Calcutta medical institutions reports 1892-1900
Year: 1892
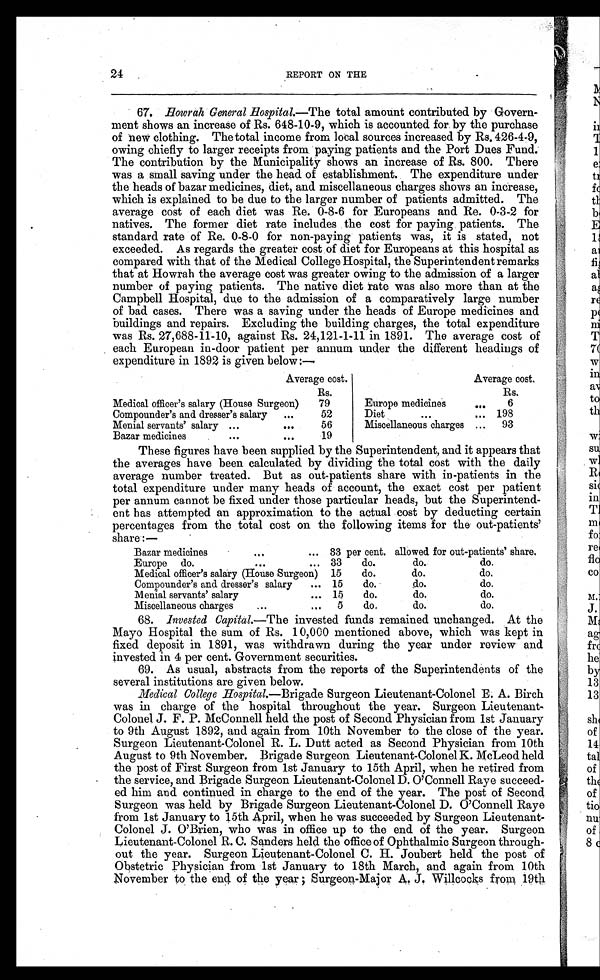
24
REPORT ON THE
67. Howrah General Hospital.—The total amount contributed by Govern-
ment shows an increase of Rs. 648-10-9, which is accounted for by the purchase
of new clothing. The total income from local sources increased by Rs. 426-4-9,
owing chiefly to larger receipts from paying patients and the Port Dues Fund.
The contribution by the Municipality shows an increase of Rs. 800. There
was a small saving under the head of establishment. The expenditure under
the heads of bazar medicines, diet, and miscellaneous charges shows an increase,
which is explained to be due to the larger number of patients admitted. The
average cost of each diet was Re. 0-8-6 for Europeans and Re. 0-3-2 for
natives. The former diet rate includes the cost for paying patients. The
standard rate of Re. 0-8-0 for non-paying patients was, it is stated, not
exceeded. As regards the greater cost of diet for Europeans at this hospital as
compared with that of the Medical College Hospital, the Superintendent remarks
that at Howrah the average cost was greater owing to the admission of a larger
number of paying patients. The native diet rate was also more than at the
Campbell Hospital, due to the admission of a comparatively large number
of bad cases. There was a saving under the heads of Europe medicines and
buildings and repairs. Excluding the building charges, the total expenditure
was Rs. 27,688-11-10, against Rs. 24,121-1-11 in 1891. The average cost of
each European in-door patient per annum under the different headings of
expenditure in 1892 is given below :—
Average
cost.
Average cost.
Rs.
Rs.
Medical officer's salary (House Surgeon)
79
Europe medicines
...
6
Compounder's and dresser's salary
...
52
Diet
. . .
... 198
Menial servants' salary ...
. . .
56
Miscellaneous charges ...
93
Bazar medicines
. . .
. . .
19
These figures have been supplied by the Superintendent, and it appears that
the averages have been calculated by dividing the total cost with the daily
average number treated. But as out-patients share with in-patients in the
total expenditure under many heads of account, the exact cost per patient
per annum cannot be fixed under those particular heads, but the Superintend-
ent has attempted an approximation to the actual cost by deducting certain
percentages from the total cost on the following items for the out-patients'
share:—
Bazar medicines
... ...
33 per cent. allowed for out-patients' share.
Europe do.
... ...
33
do.
do.
do.
Medical officer's salary (House Surgeon) 15
do.
do.
do.
Compounder's and dresser's salary
... 15
do.
do.
do.
Menial servants' salary
... 15
do.
do.
do.
Miscellaneous charges
... ...
5
do.
do.
do.
68. Invested Capital.—The invested funds remained unchanged. At the
Mayo Hospital the sum of Rs. 10,000 mentioned above, which was kept in
fixed deposit in 1891, was withdrawn during the year under review and
invested in 4 per cent. Government securities.
69. As usual, abstracts from the reports of the Superintendents of the
several institutions are given below.
Medical College Hospital.—Brigade Surgeon Lieutenant-Colonel E. A. Birch
was in charge of the hospital throughout the year. Surgeon Lieutenant-
Colonel J. F. P. McConnell held the post of Second Physician from 1st January
to 9th August 1892, and again from 10th November to the close of the year.
Surgeon Lieutenant-Colonel R. L. Dutt acted as Second Physician from 10th
August to 9th November. Brigade Surgeon Lieutenant-Colonel K. McLeod held
the post of First Surgeon from 1st January to 15th April, when he retired from
the service, and Brigade Surgeon Lieutenant-Colonel D. O'Connell Raye succeed-
ed him and continued in charge to the end of the year. The post of Second
Surgeon was held by Brigade Surgeon Lieutenant-Colonel D. O'Connell Raye
from 1st January to 15th April, when he was succeeded by Surgeon Lieutenant-
Colonel J. O'Brien, who was in office up to the end of the year. Surgeon
Lieutenant-Colonel R. C. Sanders held the office of Ophthalmic Surgeon through-
out the year. Surgeon Lieutenant-Colonel C. H. Joubert held the post of
Obstetric Physician from 1st January to 18th March, and again from 10th
November to the end of the year ; Surgeon-Major A. J. Willcocks from 19th